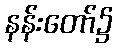
နန်းတော်၌